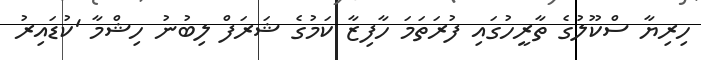
ހިރިޔާ ސްކޫލުގެ ތާރީހުގައި ފުރަތަމަ ހާފިޒާ ކަމުގެ ޝަރަފް ލިބުނު ހިޝްމާ 'ކުޑައިރު